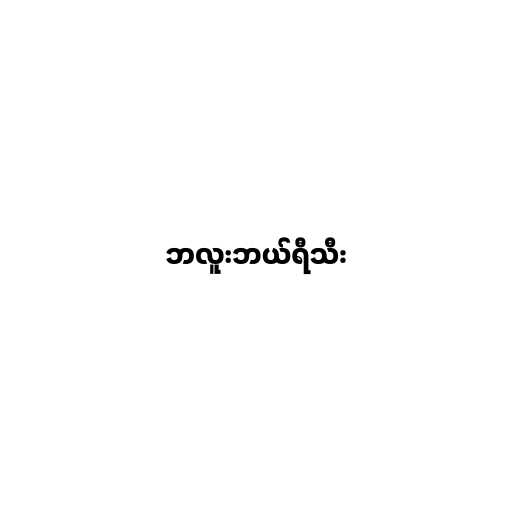
ဘလူးဘယ်ရီသီး